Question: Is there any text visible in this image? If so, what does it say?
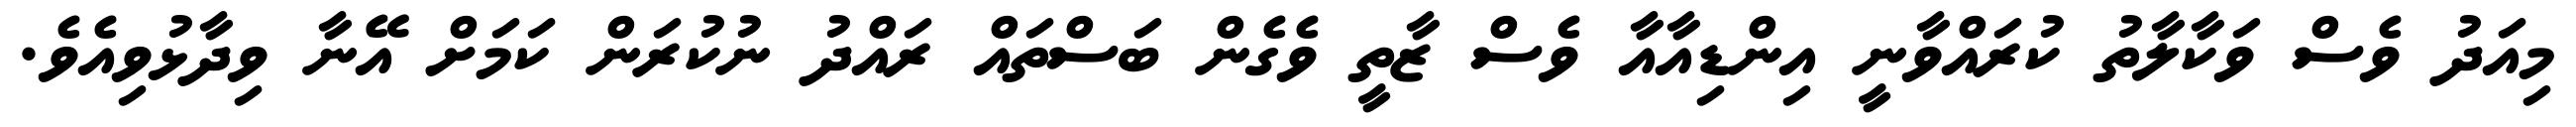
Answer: މިއަދު ވެސް ވަކާލާތު ކުރައްވާނީ އިންޑިއާއާ ވެސް ޒާތީ ވެގެން ބަސްތައް ރައްދު ނުކުރަން ކަމަށް އޭނާ ވިދާޅުވިއެވެ.